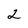
Character: 2